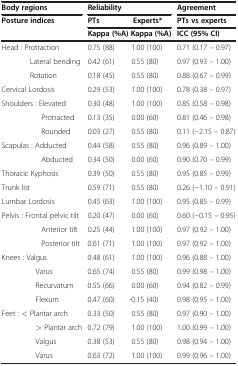
<table><thead><tr><td><b>Body regions</b></td><td><b>Reliability</b></td><td><b> </b></td><td><b>Agreement</b></td></tr><tr><td><b>Posture indices</b></td><td><b>PTs</b></td><td><b>Experts*</b></td><td><b>PTs vs experts</b></td></tr><tr><td><b> </b></td><td><b>Kappa (%A)</b></td><td><b>Kappa (%A)</b></td><td><b>ICC (95% CI)</b></td></tr></thead><tbody><tr><td>Head : Protraction</td><td>0.75 (88)</td><td>1.00 (100)</td><td>0.71 (0.17 – 0.97)</td></tr><tr><td>Lateral bending</td><td>0.42 (61)</td><td>0.55 (80)</td><td>0.97 (0.93 – 1.00)</td></tr><tr><td>Rotation</td><td>0.18 (45)</td><td>0.55 (80)</td><td>0.88 (0.67 – 0.99)</td></tr><tr><td>Cervical Lordosis</td><td>0.29 (53)</td><td>1.00 (100)</td><td>0.78 (0.38 – 0.97)</td></tr><tr><td>Shoulders : Elevated</td><td>0.30 (48)</td><td>1.00 (100)</td><td>0.85 (0.58 – 0.98)</td></tr><tr><td>Protracted</td><td>0.13 (35)</td><td>0.00 (60)</td><td>0.81 (0.46 – 0.98)</td></tr><tr><td>Rounded</td><td>0.03 (27)</td><td>0.55 (80)</td><td>0.11 (−2.15 – 0.87)</td></tr><tr><td>Scapulas : Adducted</td><td>0.44 (58)</td><td>0.55 (80)</td><td>0.96 (0.89 – 1.00)</td></tr><tr><td>Abducted</td><td>0.34 (50)</td><td>0.00 (60)</td><td>0.90 (0.70 – 0.99)</td></tr><tr><td>Thoracic Kyphosis</td><td>0.39 (50)</td><td>0.55 (80)</td><td>0.95 (0.85 – 0.99)</td></tr><tr><td>Trunk list</td><td>0.59 (71)</td><td>0.55 (80)</td><td>0.26 (−1.10 – 0.91)</td></tr><tr><td>Lumbar Lordosis</td><td>0.45 (63)</td><td>1.00 (100)</td><td>0.95 (0.85 – 0.99)</td></tr><tr><td>Pelvis : Frontal pelvic tilt</td><td>0.20 (47)</td><td>0.00 (60)</td><td>0.60 (−0.15 – 0.95)</td></tr><tr><td>Anterior tilt</td><td>0.25 (44)</td><td>1.00 (100)</td><td>0.97 (0.92 – 1.00)</td></tr><tr><td>Posterior tilt</td><td>0.61 (71)</td><td>1.00 (100)</td><td>0.97 (0.92 – 1.00)</td></tr><tr><td>Knees : Valgus</td><td>0.48 (61)</td><td>1.00 (100)</td><td>0.96 (0.88 – 1.00)</td></tr><tr><td>Varus</td><td>0.65 (74)</td><td>0.55 (80)</td><td>0.99 (0.98 – 1.00)</td></tr><tr><td>Recurvatum</td><td>0.55 (66)</td><td>0.00 (60)</td><td>0.94 (0.82 – 0.99)</td></tr><tr><td>Flexum</td><td>0.47 (60)</td><td>-0.15 (40)</td><td>0.98 (0.95 – 1.00)</td></tr><tr><td>Feet : &lt; Plantar arch</td><td>0.33 (50)</td><td>0.55 (80)</td><td>0.97 (0.90 – 1.00)</td></tr><tr><td>&gt; Plantar arch</td><td>0.72 (79)</td><td>1.00 (100)</td><td>1.00 (0.99 – 1.00)</td></tr><tr><td>Valgus</td><td>0.38 (53)</td><td>0.55 (80)</td><td>0.98 (0.94 – 1.00)</td></tr><tr><td>Varus</td><td>0.63 (72)</td><td>1.00 (100)</td><td>0.99 (0.96 – 1.00)</td></tr></tbody></table>